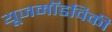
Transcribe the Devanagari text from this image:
यूजमॉडविकी